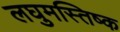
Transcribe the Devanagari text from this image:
लघुमस्तिष्क